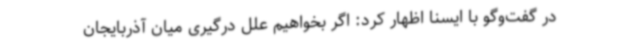
در گفت‌وگو با ایسنا اظهار کرد: اگر بخواهیم علل درگیری میان آذربایجان